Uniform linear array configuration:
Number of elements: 64
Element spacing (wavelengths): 0.75
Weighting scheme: cosine
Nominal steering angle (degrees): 60
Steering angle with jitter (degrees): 61.852
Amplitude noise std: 0.05
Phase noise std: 0.05

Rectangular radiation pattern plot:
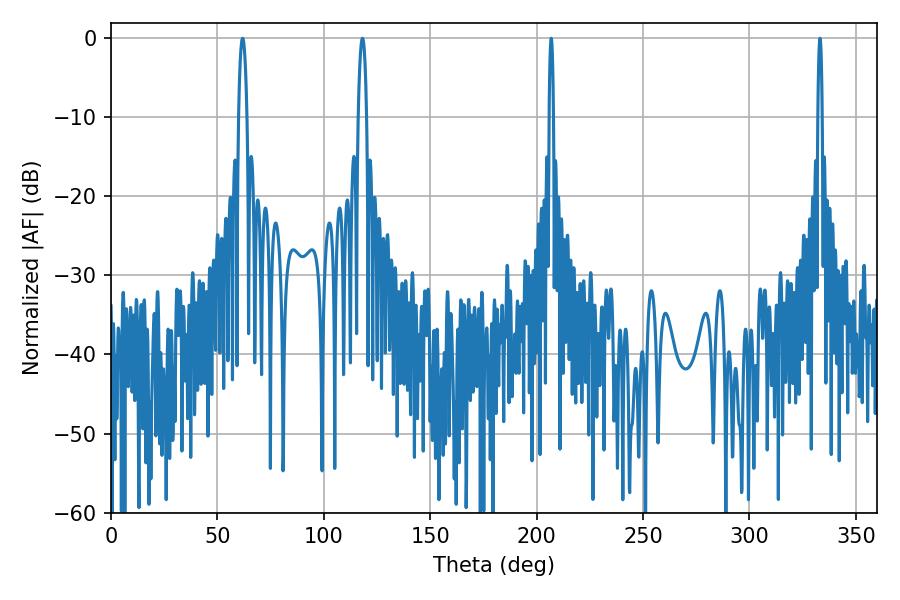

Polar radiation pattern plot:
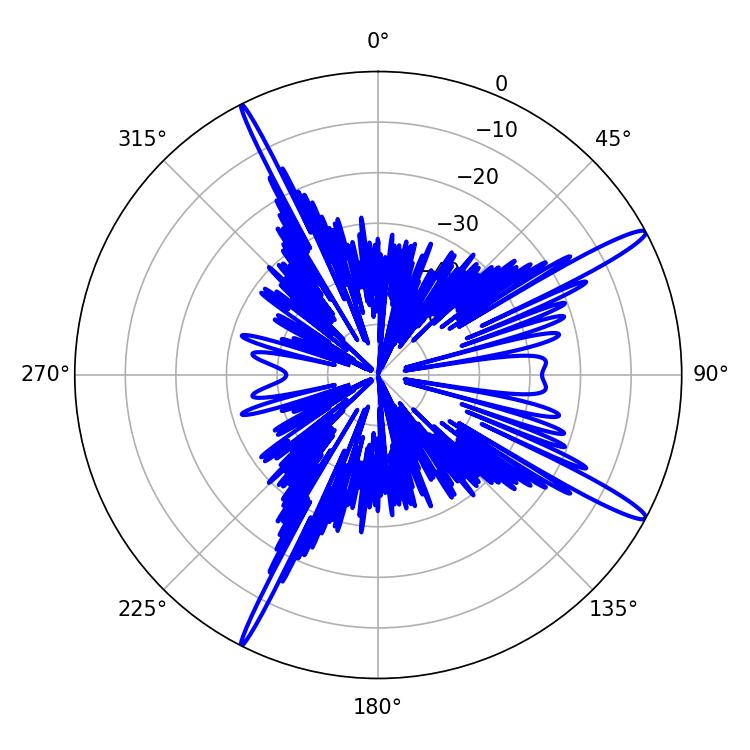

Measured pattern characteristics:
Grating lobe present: TRUE
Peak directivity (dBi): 15.403
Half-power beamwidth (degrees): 1.08
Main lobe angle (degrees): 206.82